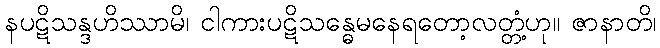
နပဋိသန္ဒဟိဿာမိ၊ ငါကားပဋိသန္ဓေမနေရတော့လတ္တံ့ဟု။ ဇာနာတိ၊